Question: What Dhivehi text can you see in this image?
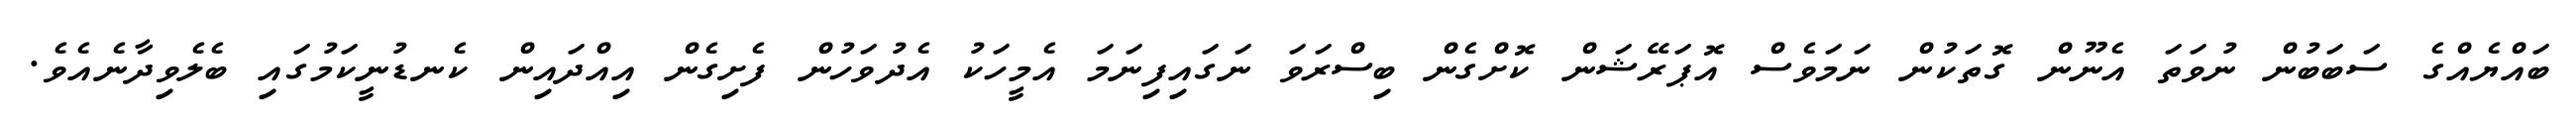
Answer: ބައްޔެއްގެ ސަބަބުން ނުވަތަ އެނޫން ގޮތަކުން ނަމަވެސް އޮޕަރޭޝަން ކޮށްގެން ބިސްރަވަ ނަގައިފިނަމަ އެމީހަކު އެދުވަހުން ފެށިގެން އިއްދައިން ކެނޑުނީކަމުގައި ބެލެވިދާނެއެވެ.